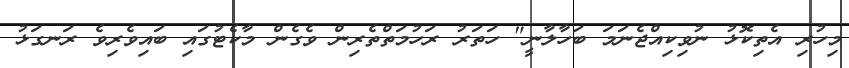
މިހުރި އެތިކޮޅު ނުވިކިއްޖެނަމަ ބަހާލާނީ" ހަތަރު ރަހުމަތްތެރިން ވެގެން މާކެޓުގައި ބައިވެރިވެ ރަނގަޅު